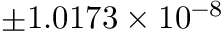
\pm 1 . 0 1 7 3 \times { 1 0 ^ { - 8 } }